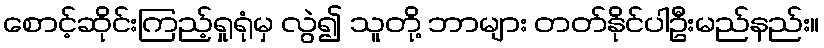
စောင့်ဆိုင်းကြည့်ရှုရုံမှ လွဲ၍ သူတို့ ဘာများ တတ်နိုင်ပါဦးမည်နည်း။